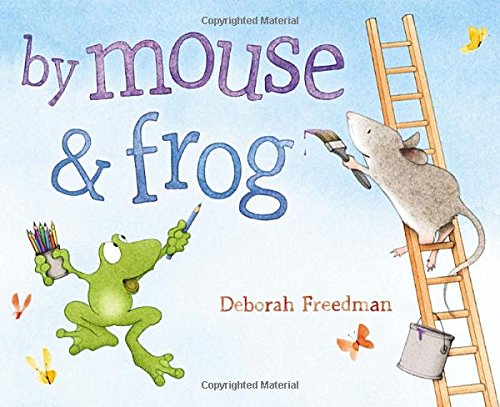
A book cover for By Mouse and Frog; Deborah Freedman; Children's Books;